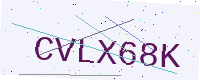
Text: CVLX68K